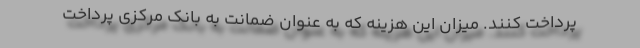
پرداخت کنند. میزان این هزینه که به عنوان ضمانت به بانک مرکزی پرداخت